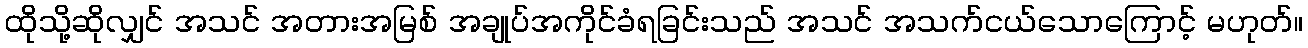
ထိုသို့ဆိုလျှင် အသင် အတားအမြစ် အချုပ်အကိုင်ခံရခြင်းသည် အသင် အသက်ငယ်သောကြောင့် မဟုတ်။